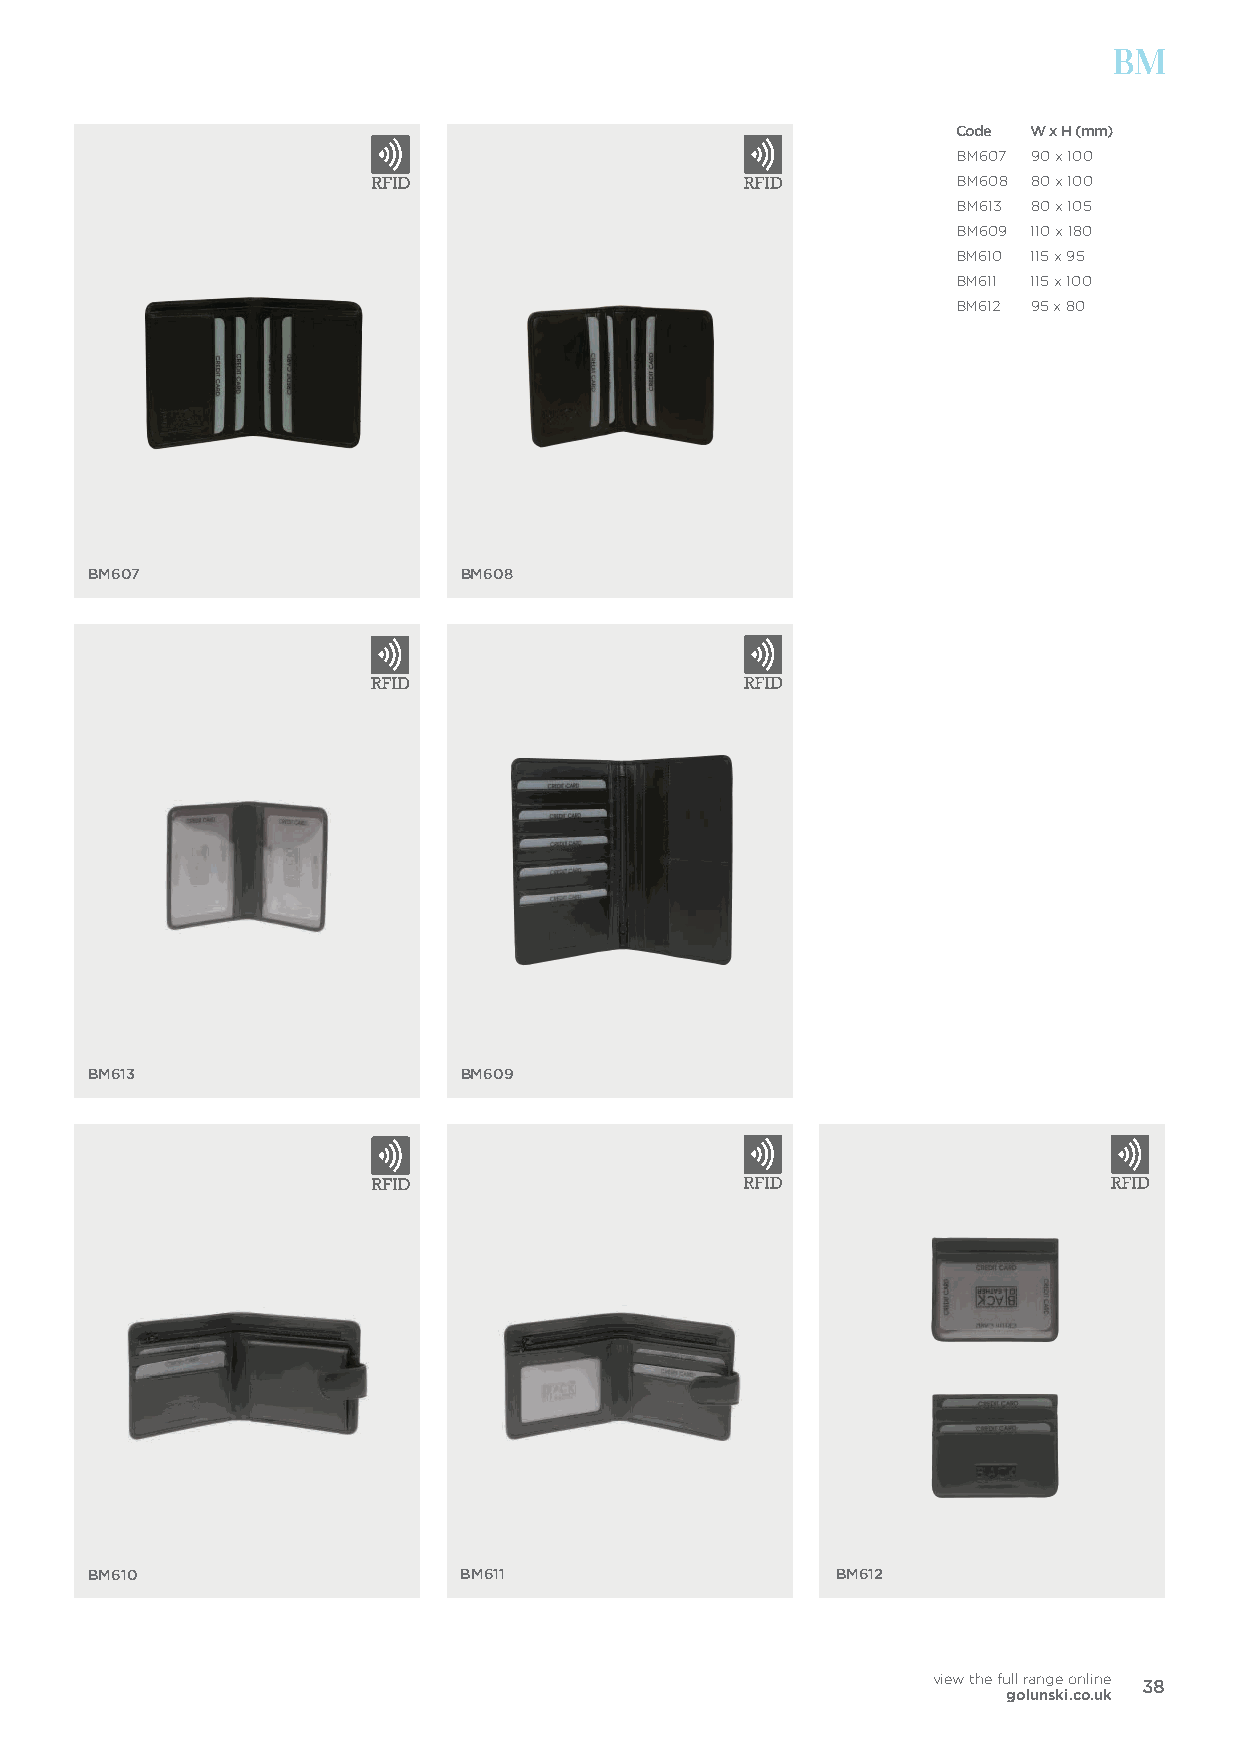
BM
 Code W x H (mm)
 BM607 90 x 100
 BM608 80 x 100
 BM613 80 x 105
 BM609 110 x 180
 BM610 115 x 95
 BM611 115 x 100
 BM612 95 x 80
 BM607                    BM608
 BM613                    BM609
 BM610                    BM611                   BM612
 view the full range online
 38
 golunski.co.uk